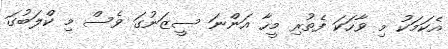
އެކަމަކު މި ވާހަކަ ފެތުރި މީހާ އަންނަ ސީޒަނުގަ ވެސް މި ކްލަބުގަ